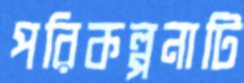
পরিকল্পনাটি